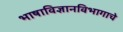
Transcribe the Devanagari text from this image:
भाषाविज्ञानविभागाचे